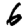
Digit: 6